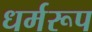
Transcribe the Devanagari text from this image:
धर्मरूप